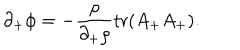
LaTeX: \partial _ { + } \phi = - { \frac { \rho } { \partial _ { + } \rho } } \mathrm { t r } ( A _ { + } A _ { + } ) .